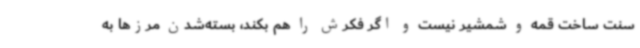
سنت ساخت قمه و شمشیر نیست و اگر فکرش را هم بکند، بسته‌شدن مرزها به